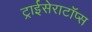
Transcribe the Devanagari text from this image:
ट्राईसेराटॉप्स